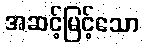
အဆင့်မြင့်သော